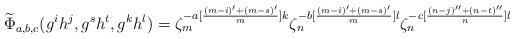
LaTeX: \begin{align*}\widetilde{\Phi}_{a,b,c}(g^ih^j,g^sh^t,g^kh^l)=\zeta_m^{-a[\frac{(m-i)'+(m-s)'}{m}]k}\zeta_n^{-b[\frac{(m-i)'+(m-s)'}{m}]l}\zeta_n^{-c[\frac{(n-j)''+(n-t)''}{n}]l}\end{align*}